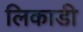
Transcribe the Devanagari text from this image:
लिकाडी